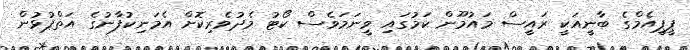
ޕީޕީއެމްގެ ބާނީއަކީ ރައީސް މައުމޫން ކަމުގައި ވީނަމަވެސް ކޯޓު މެދުވެރިކޮށް އެމަނިކުފާނުގެ އަތްޕުޅުން